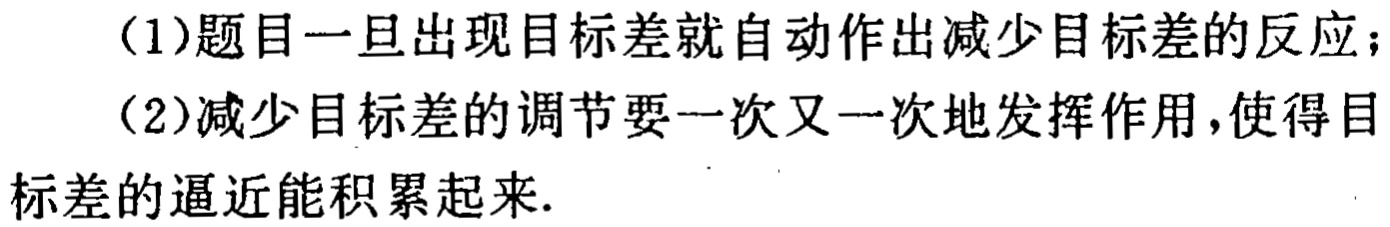
(1)题目一旦出现目标差就自动作出减少目标差的反应；
(2)减少目标差的调节要一次又一次地发挥作用，使得目标差的逼近能积累起来.